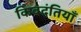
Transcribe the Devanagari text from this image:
किवदंतियाँ